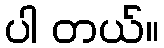
ပါ တယ်။